Tartu_Linna_ja_Maakonna_Kaitseliit, lk 103
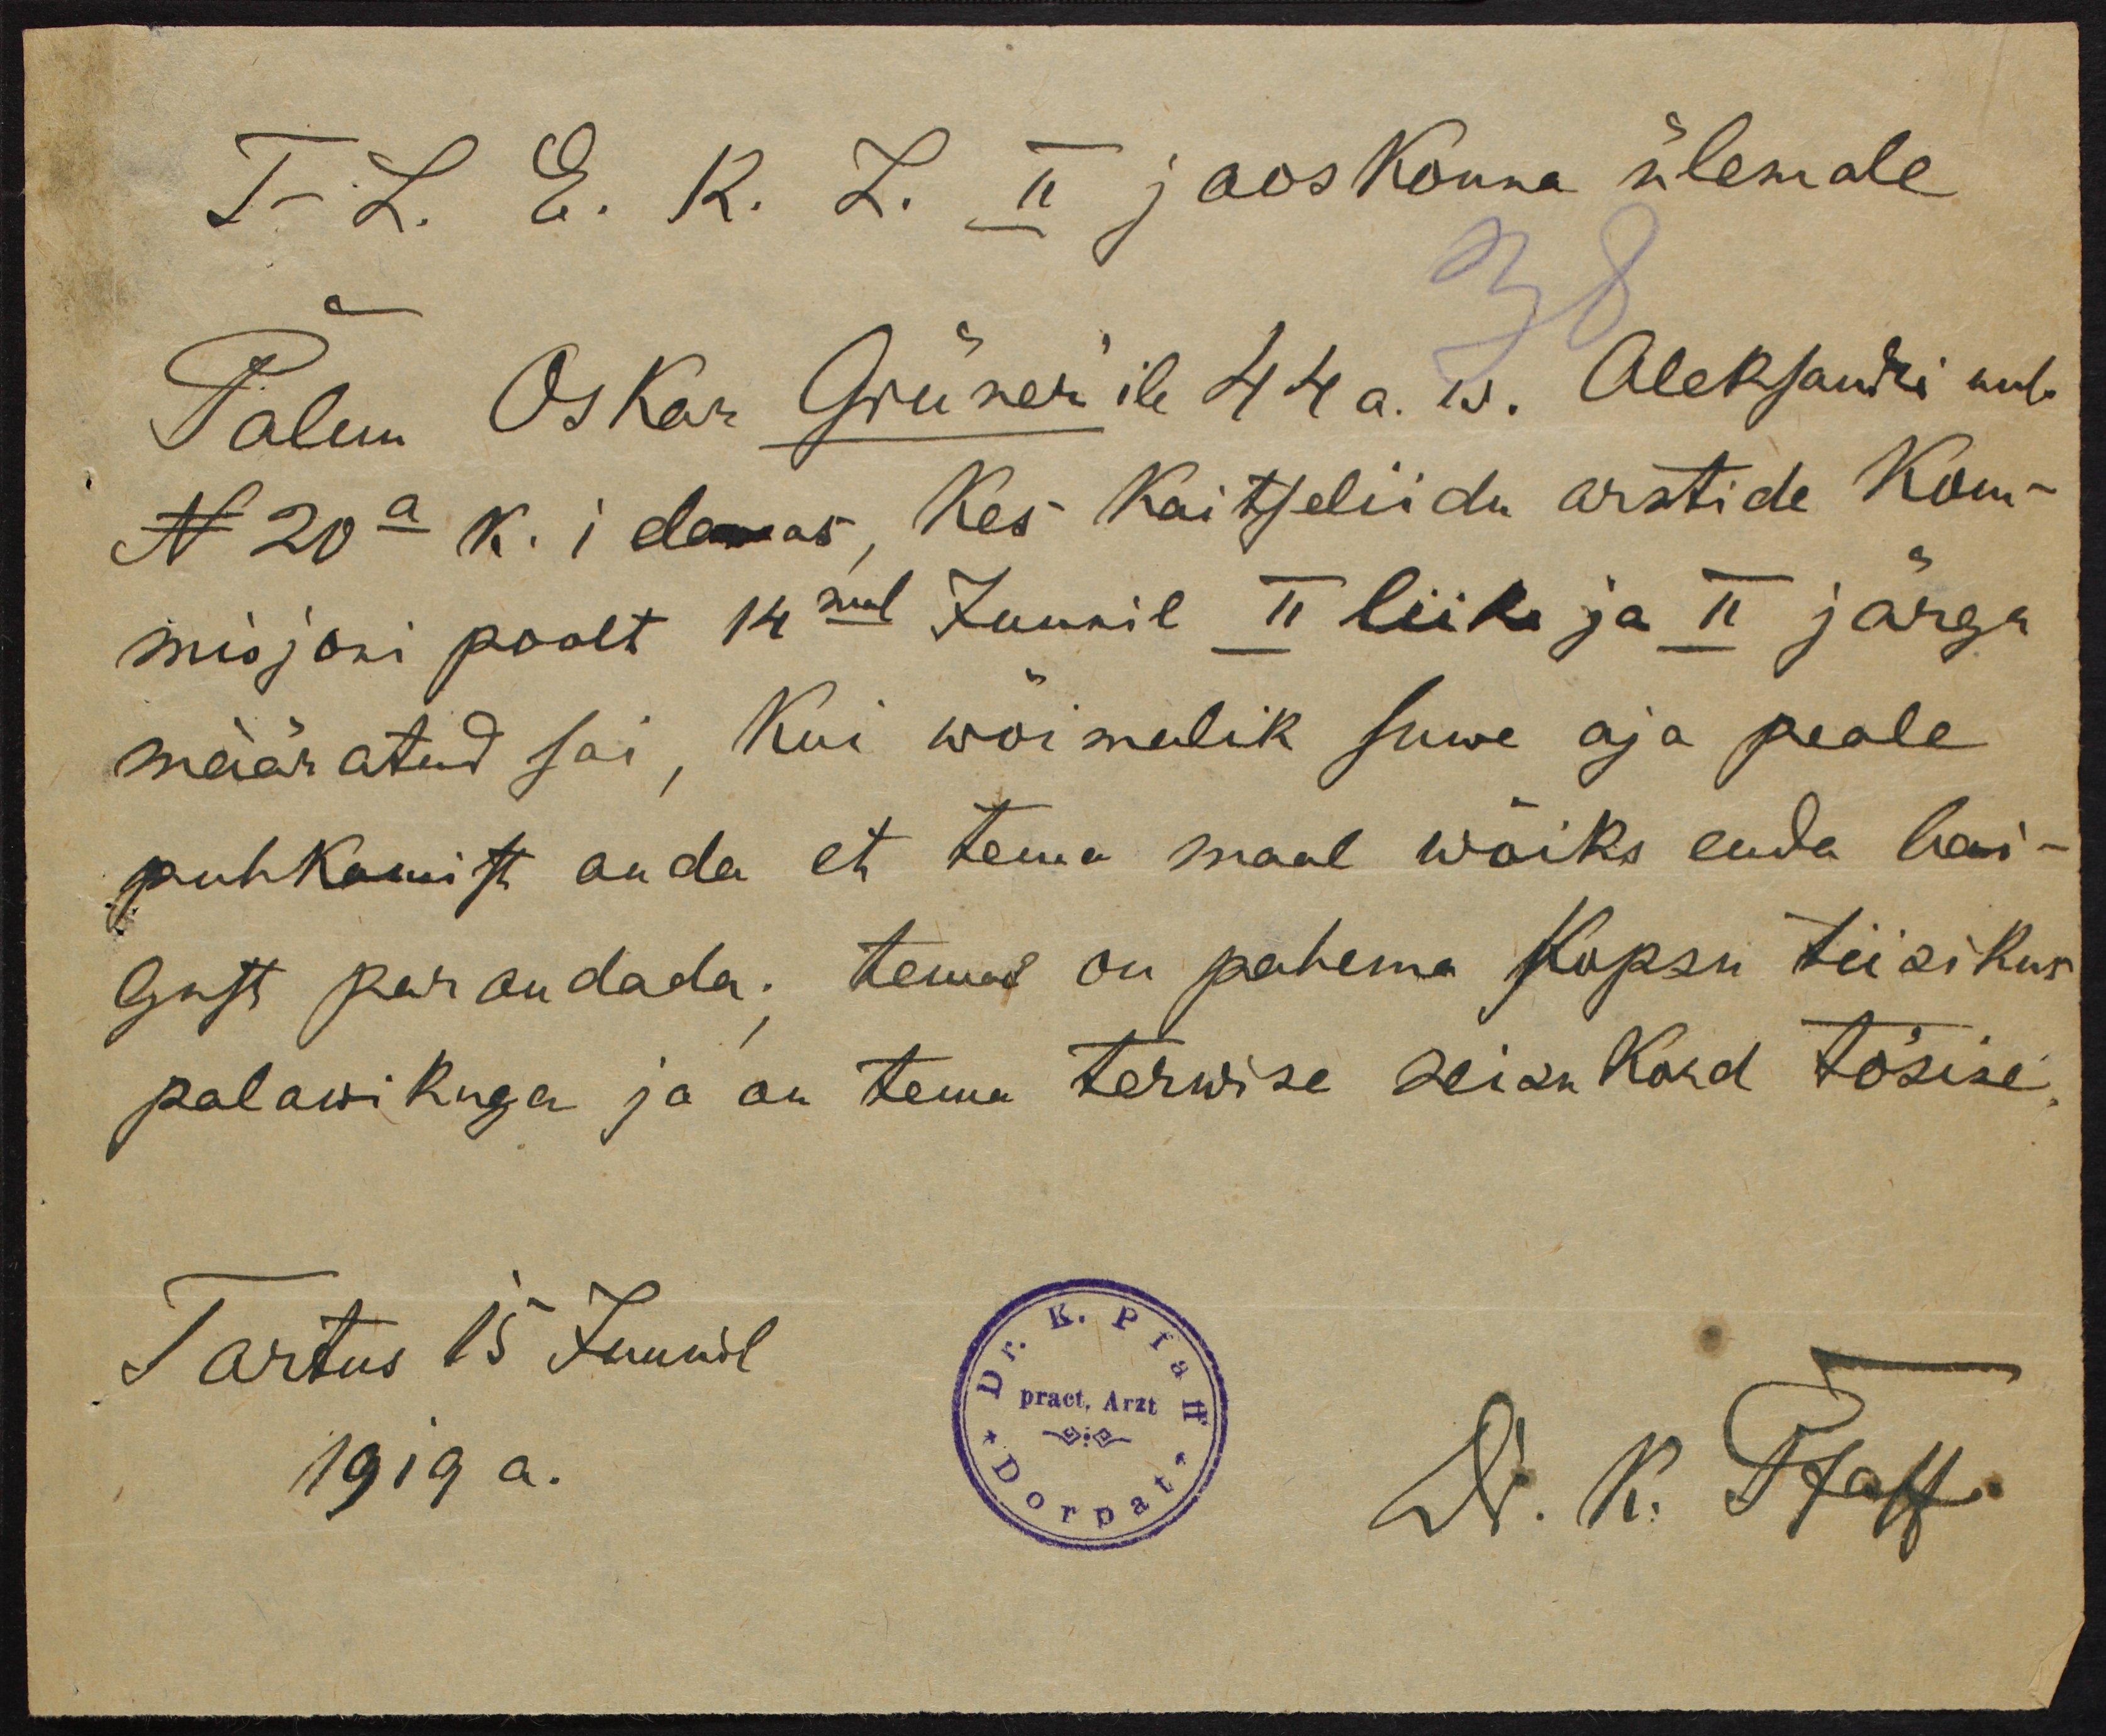
T-L. E. K. L. II jaoskonna ülemale
Palun Oskar Grüner'ile 44 a. w. Aleksandri uul
N 20a. K. i elamas, Kes Kaitseliidu arstide Kom-
misjoni poolt 14mal Juunil II liitu ja II järgu
määratud sai, Kui wõimalik suwe aja peale
puhkamist anda et tema maal wõiks enda hai-
gust parandada. tema on pahema Kopsu tiisikus
palawikuga ja on tema terwise seisu Kord tõsine.
Tartus 15 Juunil
1919 a.
Dr. K. Pfaff.